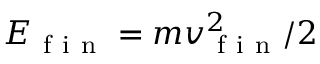
E _ { \mathrm { ~ f ~ i ~ n ~ } } = m v _ { \mathrm { ~ f ~ i ~ n ~ } } ^ { 2 } / 2